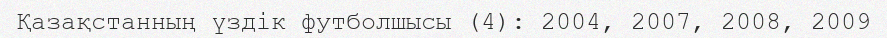
Қазақстанның үздік футболшысы (4): 2004, 2007, 2008, 2009